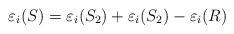
LaTeX: \begin{align*}\varepsilon_i(S)=\varepsilon_i(S_2)+\varepsilon_i(S_2)-\varepsilon_i(R)\end{align*}